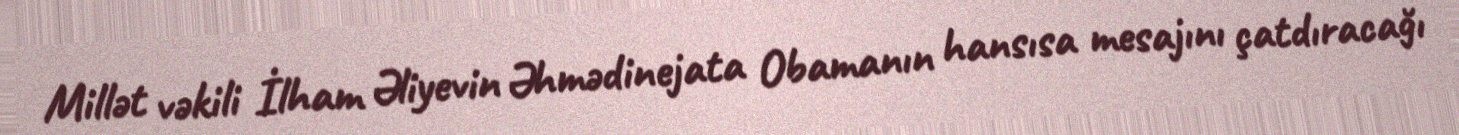
Millət vəkili İlham Əliyevin Əhmədinejata Obamanın hansısa mesajını çatdıracağı